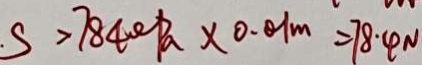
S > 7 8 4 0 0 P a \times 0 . 0 1 m = 7 8 . 4 N